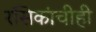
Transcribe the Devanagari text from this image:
रसिकांचीही